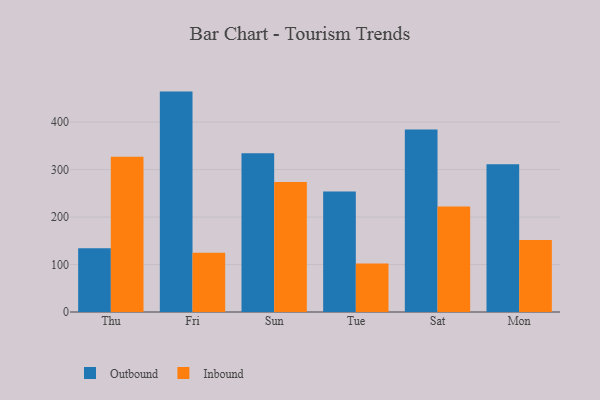
{"axis": {"x": "Day", "y": "Active Users"}, "legend": ["Inbound", "Outbound"], "data": [{"x": "Thu", "y": 134.3, "type": "Outbound"}, {"x": "Thu", "y": 326.9, "type": "Inbound"}, {"x": "Fri", "y": 464.2, "type": "Outbound"}, {"x": "Fri", "y": 125.0, "type": "Inbound"}, {"x": "Sun", "y": 334.2, "type": "Outbound"}, {"x": "Sun", "y": 273.8, "type": "Inbound"}, {"x": "Tue", "y": 254.0, "type": "Outbound"}, {"x": "Tue", "y": 102.2, "type": "Inbound"}, {"x": "Sat", "y": 384.3, "type": "Outbound"}, {"x": "Sat", "y": 222.3, "type": "Inbound"}, {"x": "Mon", "y": 311.0, "type": "Outbound"}, {"x": "Mon", "y": 151.8, "type": "Inbound"}]}